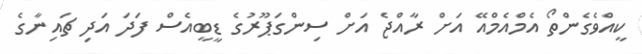
ކީއްވެގެންތޯ އެމްއެމްއޭ އަށް ރާއްޖެ އަށް ސިންގަޕޫރުގެ ޑީބީއެސް ފަދަ އަދި ޗައިނާގެ